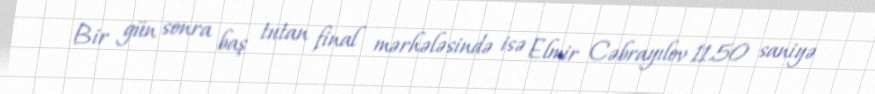
Bir gün sonra baş tutan final mərhələsində isə Elmir Cəbrayılov 11.50 saniyə